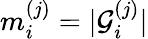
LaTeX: m_{i}^{(j)}=\vert\mathcal{G}_{i}^{(j)}\vert